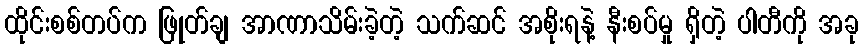
ထိုင်းစစ်တပ်က ဖြုတ်ချ အာဏာသိမ်းခဲ့တဲ့ သက်ဆင် အစိုးရနဲ့ နီးစပ်မှု ရှိတဲ့ ပါတီကို အခု